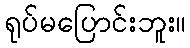
ရုပ်မပြောင်းဘူး။